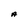
Character: A